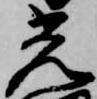
光